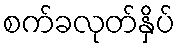
စက်ခလုတ်နှိပ်